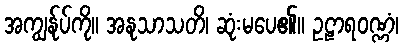
အကျွန်ုပ်ကို။ အနုသာသတိ၊ ဆုံးမပေ၏။ ဥဠာရဝဏ္ဏံ၊